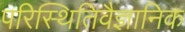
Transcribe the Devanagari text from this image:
परिस्थितिवैज्ञानिक